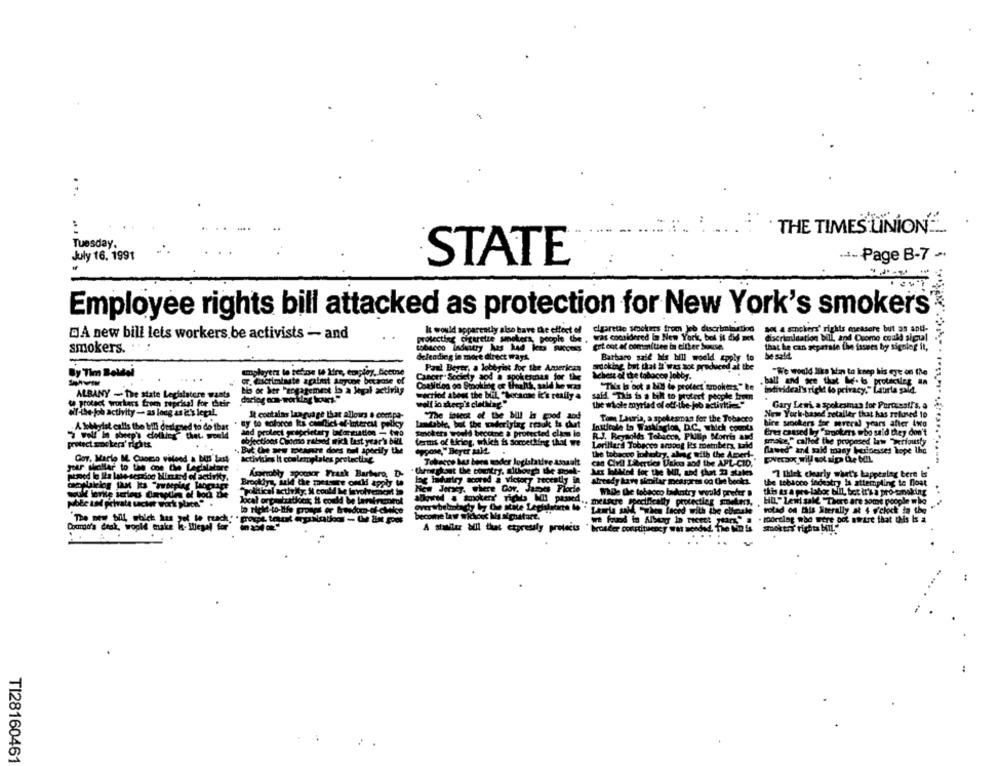
...
:
THE TIMES LINIONE ..
Tuesday,
July 16. 1991
STATE
.- Page B-7 -
Employee rights bill attacked as protection for New York's smokers
It would apparently also have the effect of cigarette sockers trom Jeb discrimination
ao a smokers' rights measure but as anti-
DA new bill lets workers.be activists - and
protecting cigaretze smokers, people the , was considered in New York, bol it did met discrimination bill, and Cuomo could sigul
tobacco Industry kas kad leaa success get out at committee in either Sonucue.
smokers.
that he can separate the fasees by signing it,
deleading in more direct wayk
Barbaro said Me Hill would apply to
be sold
Paul Beyer, a lobbying for the American
srocking but that it was not produced at the
By Tim Boldel
amployttz le sebine te lire, empley, beetse
Wchest of the tobacco lobby.
"We would Ilie \n to keep his eye on the
.. ..
Gr. cactimiaste apalmt anycon because of
Cancer Society aod a spokesman for the
. ball and we that Me-t protecting an
bio or her "engagement la a legal activity
Coalition oo Smoking of theants, sald he was
"This Is not a byl to protect trookers" ke
individeal's right (o privacy," Laurla gald.
ALBANY - The state Legislature wants
dariog oon-working hours"
wecriof about the bliL "because it's really a
said This is a bill to protect people tree
te protect workers from reprisal for their
well in sheep's clothvar "
the whole myriad of off-ibe-job activities"
Gary Le wi, a spokesman for Porcsal!'s, a
of-the- job activity - as long as è's legal.
New York-based retailer that has refused to
It contalas language that allows . compa-
"The inteot of the Mil is good aod
Tom Lauria, a spokesman for the Tobacco
A lobbyist calls the bill designed to do that
ny to eoloron ks conflict-of-Interest pelky
anglon, D.C. which counts
hire sockers for several years after two
and protect proprietary borcution - tiro
Smokers would become a protected class le
R.J. Reynolds Tobacco, Philip Morris and
Eres caused by Farokers who said they don't
protect sockers' rights
objections Como ralsod mich last year's bill
Cams of being, which is Sorcething that we
Lorillard Tobacco among Es metubers, Laid
take," called the proposed law "Terfousty
But Cre zew moicarre does nul specify the
hypose," Beyer Mit.
flawed' and said many businesses hope the
Gov. Marlo ME. Como vilend & buS' Last
activities It coolemplates protecting
the tobacco johotry, alrag with the Ameri-
Governor will sot sipa Che bal
yter shallar to the one the Lechlatore
Tobacco bes bora moder legislative Assault
can Civil Liberties Usku and the APL-CID,
Åsperobly spooner Frank Barbero, D-
- throughout the country, although the poet-
Lez lotMed for the MIL, and that 23 states
7 thick charly what's happening bere is
piped lo Is late-section Nimted of activity,
Brooklyn, said the measure could apply to
Already have similar measures od the books.
the tobacco indestry la attempting to Dost
New Jersey, where Cor. James Flocie
"political activity; It could be involvement in
allowed a smokerr' rights Mil pasmed.
While the tobacco bukotry would prefer a
this as a pre labor bill, bot it's a pro-tanoking
. mettere specifically protectiag markten, ,
HO." Lewi sale "There are some people who
to right-to-life groups or breadom-of-chalce
Overwhelmingly by Che state Legiulsorte io . Teria said, "when Laced with the clioale
trotad on this Siterally at 4 o'clock ta the
become law wichesk Ms sipsstore.
. poorclog who were not aware that this Is a
A stabiler all that etpressly prefects
* brouder constituency was needed. The No is
Soktas' rights bil."
TI28160461